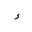
Letter: _hamza